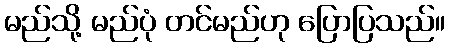
မည်သို့ မည်ပုံ တင်မည်ဟု ပြောပြသည်။